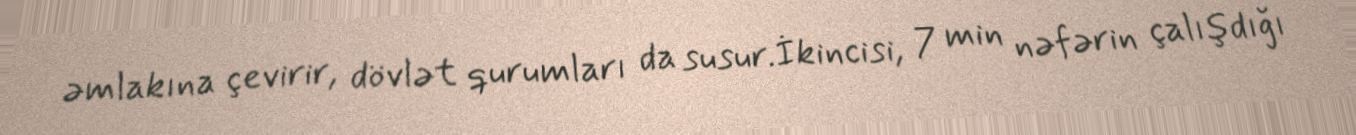
əmlakına çevirir, dövlət qurumları da susur.İkincisi, 7 min nəfərin çalışdığı